Plague in India, 1896, 1897 - Volume 2
Year: 1896
Disease focus: Plague
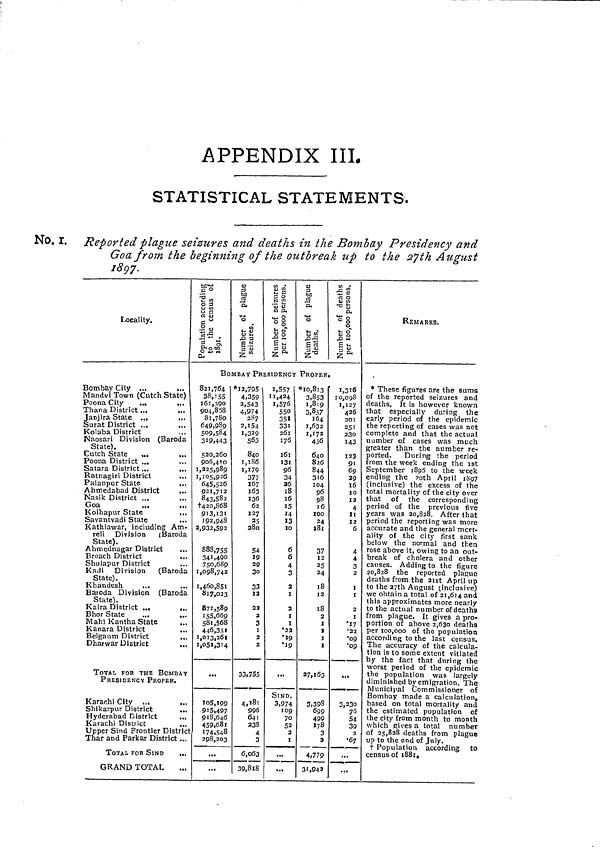
APPENDIX III.
STATISTICAL STATEMENTS.
No. I. Reported plague seizures and deaths in the Bombay Presidency and
Goa from the beginning of the outbreak up to the 27th August
1897.
Locality.
Bombay City ...
...
Mandvi Town (Cutch State)
Poona City
...
Thana District ...
Janjira State ...
Surat District ...
...
Kolaba District
Naosari Division (Baroda
State).
Cutch State
,.,
Poona District ...
...
Satara District ...
,..
Ratnagiri District
...
Palanpur State
...
Ahmedabad District
,..
Nasik District ...
Goa
...
...
Kolhapur State
...
Savantvadi State
Kathiawar, including Am-
reli Division
(Baroda
State).
Ahmednagar District
,.
Broach District
Sholapur District
Kadi Division
(Baroda
State).
Khandesh
...
Baroda Division (Baroda
State).
Kaira District ..,
..
Bhor State
Mahi Kantha State
Kanara District
..
Belgaum District
..
Dharwar District
TOTAL FOR THE BOMBAY
PRESIDENCY PROPER.
Karachi City .„.
Shikarpur District
..
Hyderabad District
Karachi District
Upper Sind Frontier District
Thar and Parkar District ..
TOTAL FOR SIND
„
GRAND TOTAL
BOMBAY PRESIDENCY PROPER..
821,764
38,155
161,390
904,858
81,780
649,989
509,584
319,443
520,260
906,410
1,225,989
1,105,926 377
645,526
921,712
843,582
†420,868
913,131
192,948
2,932,592
888,755
341,490
750,689
1,098,742
1,460,851
817,023
871,589
155,669
581,568
446.351
1,013,261
1,051,314
105,199
915,497
918,646
459,68t
174,548
298,203
*12,795
4,359
2,543
4,974
287
2,154
1,329
563
840
1,186
1,179
167
163
136
62
127
25
280
54
19
29
30
33
12
22
3
3
1
2
2
33,755
4,181
996
641
238
4
3
6,063
39,8l8
1,557
11,424
1,576
550
351
33l
261
176
16l
13l
96
34
26
18
16
15
14
13
10
6
6
4
3
2
1
2
1
1
*22
*19
SIND
3,974
109
70
52
2
1
..,
*10,813
3,853
1,819
3,857
164
1,632
1,172
456
640
826
844
316
104
96
98
16
24
181
37
25
24
18
12
18
27,163
3,398
699
499
178
3
4,779
31,942
1,316
1,127
426
2O1
251
230
143
123
91
69
29
16
IO
12
4
12
6
4
3
2
1
2
3,230
76
54
39
2
*67
REMARKS.
* These figures are the sums
of the reported seizures and
deaths. It is however known
that especially during the
early period of the epidemic
the reporting of cases was not
complete and that the actual
number of cases was much
greater than the number re-
ported.
During the period
from the week ending the ist
September 1895 to the -week
ending the 20th April 1897
(inclusive) the excess of the
total mortality of the city over
that of the corresponding
period of the previous five
years was 20,828. After that
period the reporting was more
accurate and the general mort-
ality of the city first sank
below the normal and then
rose above it, owing to an out-
break of cholera and other
causes. Adding to the figure
20,828 the reported plasue
deaths from the 21st April up
to the 27th August (inclusive)
we obtain a total of 21,614 and
this approximates more nearly
to the actual number of deaths
from plague. It gives a pro-
portion of above 2,630 deaths
per 100,000 of the population
accordi ng to the last census.
The accuracy of the calcula-
tion is to some extent vitiated
by the fact that during the
worst period of the epidemic
the population was largely
diminished by emigration. The
Municipal Commissioner of
Bombay made a calculation,
based on total mortality and
the estimated population of
the city from month to month
which Rives a total number
of 25,828 deaths from plague
up to the end of July.
† Population according to
census of 1881,